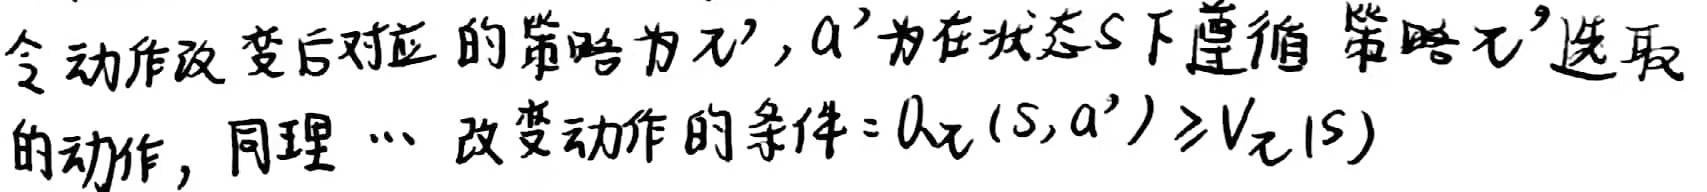
令动作改变后对应的策略为$\pi'$，$a'$为在状态$s$下遵循策略$\pi'$选取的动作，同理 $\cdots$ 改变动作的条件：$Q_{\pi}(s,a') \geq V_{\pi}(s)$